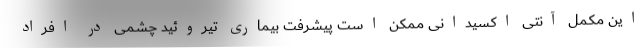
این مکمل آنتی اکسیدانی ممکن است پیشرفت بیماری تیروئید چشمی در افراد